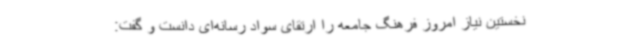
نخستین نیاز امروز فرهنگ جامعه را ارتقای سواد رسانه‌ای دانست و گفت: